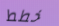
خطط